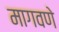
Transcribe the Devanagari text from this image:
मागवणे